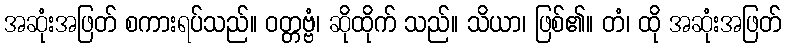
အဆုံးအဖြတ် စကားရပ်သည်။ ဝတ္တဗ္ဗံ၊ ဆိုထိုက် သည်။ သိယာ၊ ဖြစ်၏။ တံ၊ ထို အဆုံးအဖြတ်